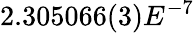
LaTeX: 2.305066(3)E^{-7}